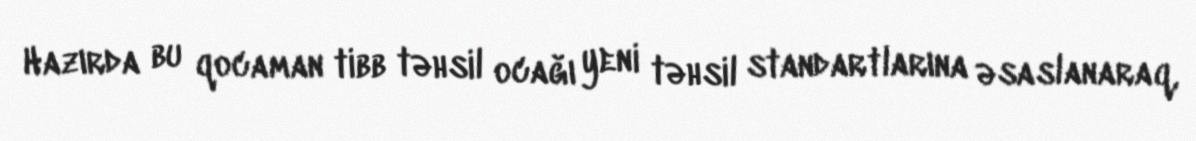
Hazırda bu qocaman tibb təhsil ocağı yeni təhsil standartlarına əsaslanaraq,